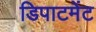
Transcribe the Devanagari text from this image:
डिपाटमेंट